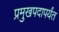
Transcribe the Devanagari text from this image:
प्रमुखपदापर्यंत